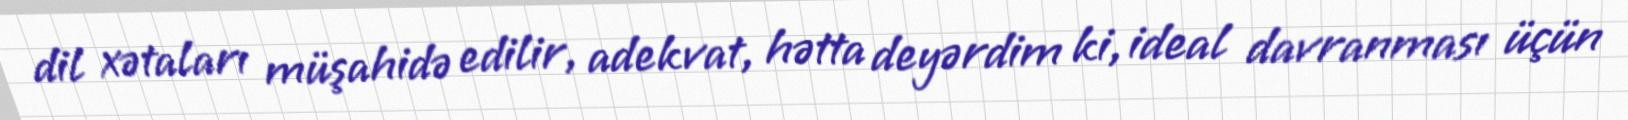
dil xətaları müşahidə edilir, adekvat, hətta deyərdim ki, ideal davranması üçün